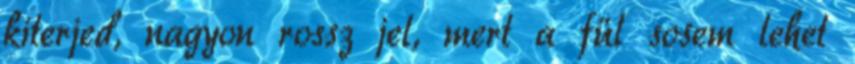
kiterjed, nagyon rossz jel, mert a fül sosem lehet